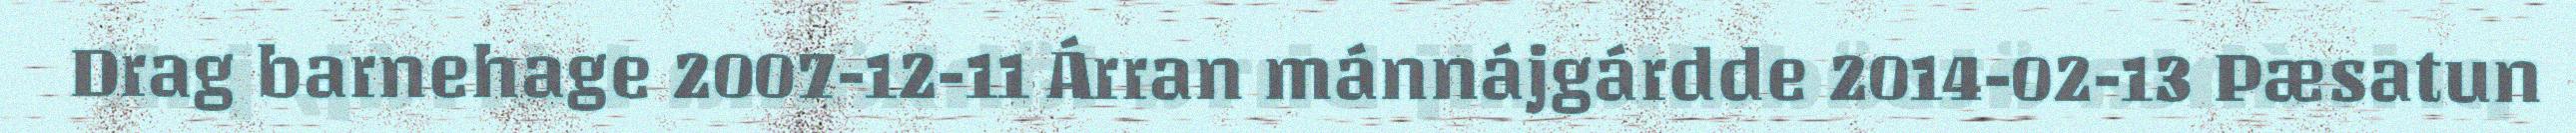
Drag barnehage 2007-12-11 Árran mánnájgárdde 2014-02-13 Pæsatun